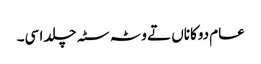
عام دوکاناں تے وٹہ سٹہ چلدا سی۔